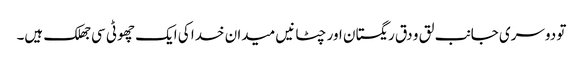
تو دوسری جانب لق و دق ریگستان اور چٹانیں میدان خدا کی ایک چھوٹی سی جھلک ہیں۔